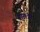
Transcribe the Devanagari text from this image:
समत्रा